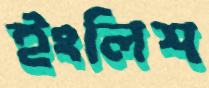
ইংলিশ